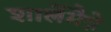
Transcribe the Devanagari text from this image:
शार्लेमैग्ने